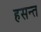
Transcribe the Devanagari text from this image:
हसन्त